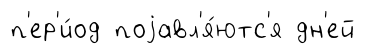
п'ер'и́од поjавл'я́ютс'я дн'ей